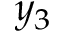
y _ { 3 }